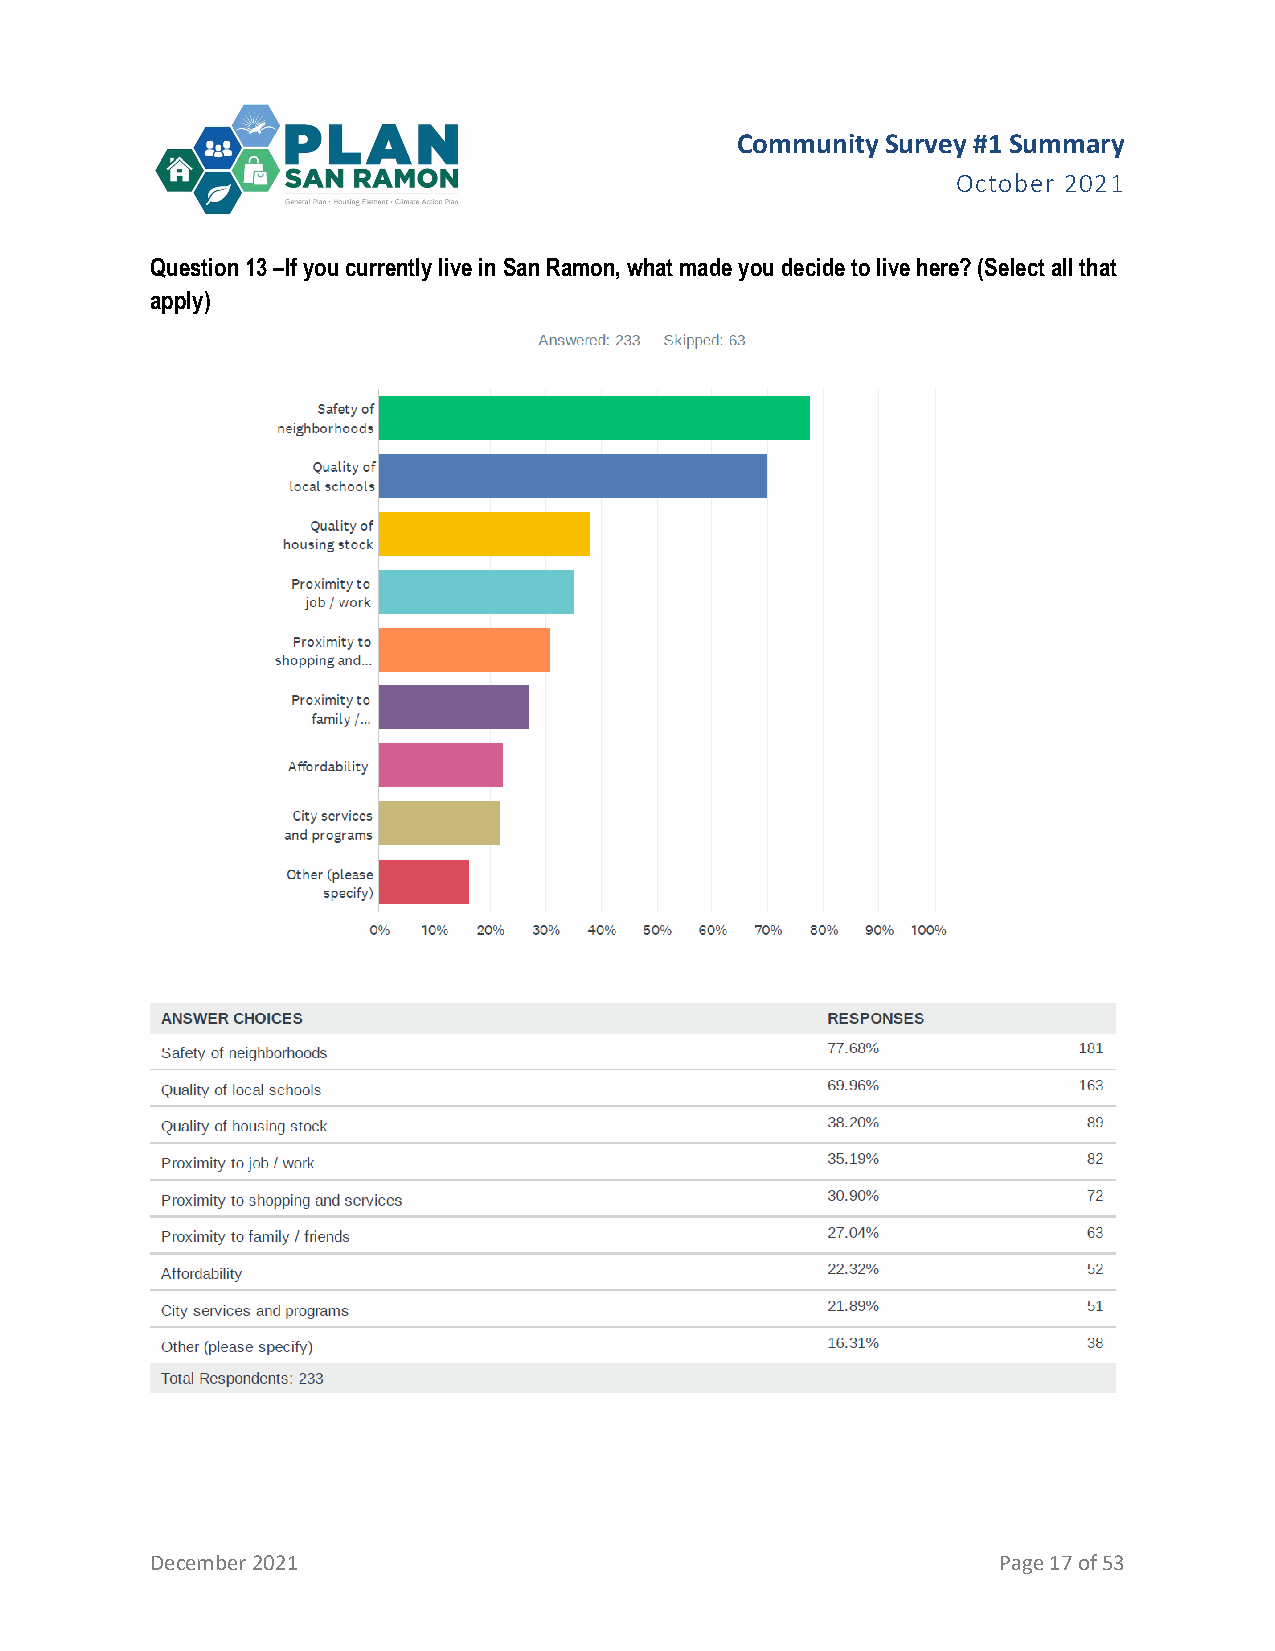
Community Survey #1 Summary
 October 2021
 Question 13 –If you currently live in San Ramon, what made you decide to live here? (Select all that
 apply)
 December 2021                                           Page 17 of 53